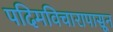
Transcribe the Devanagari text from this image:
पदिमविचारापासून